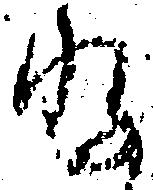
存